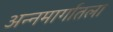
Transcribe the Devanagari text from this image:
अन्नमार्गातला